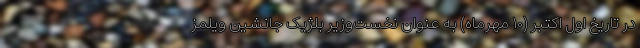
در تاریخ اول اکتبر (۱۰ مهرماه) به عنوان نخست‌وزیر بلژیک جانشین ویلمز